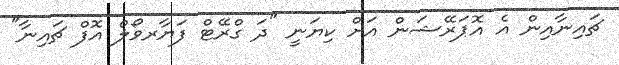
ޗައިނާއިން އެ އޮޕަރޭޝަން އަށް ކިޔަނީ "ދަ ގްރޭޓް ފަޔާރވޯލް އޮފް ޗައިނާ"